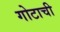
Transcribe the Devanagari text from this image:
गोटाची